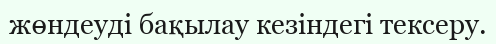
жөндеуді бақылау кезіндегі тексеру.